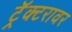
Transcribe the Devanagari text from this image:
ट्रॅक्टरावर